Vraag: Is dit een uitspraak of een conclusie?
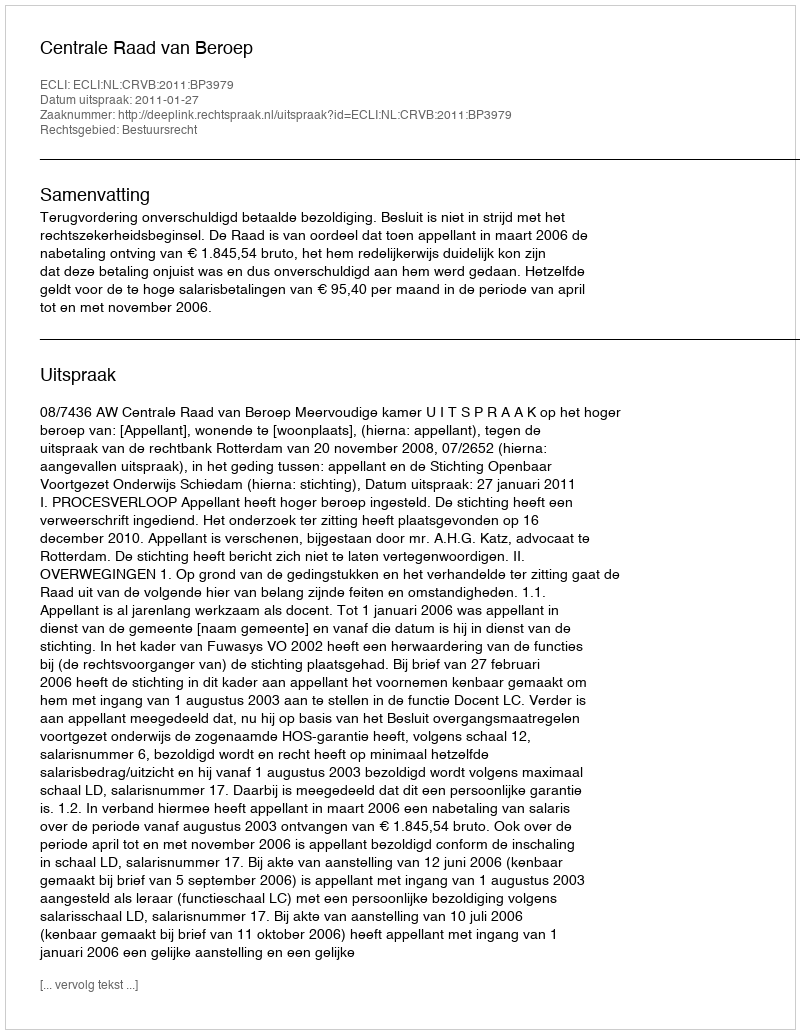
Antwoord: Uitspraak